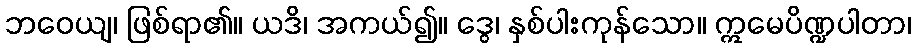
ဘဝေယျ၊ ဖြစ်ရာ၏။ ယဒိ၊ အကယ်၍။ ဒွေ၊ နှစ်ပါးကုန်သော။ ဣမေပိဏ္ဍပါတာ၊